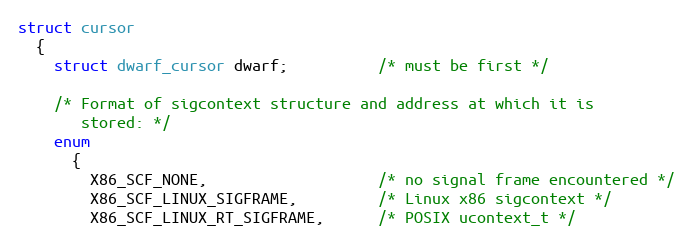
Language: C
struct cursor
  {
    struct dwarf_cursor dwarf;          /* must be first */

    /* Format of sigcontext structure and address at which it is
       stored: */
    enum
      {
        X86_SCF_NONE,                   /* no signal frame encountered */
        X86_SCF_LINUX_SIGFRAME,         /* Linux x86 sigcontext */
        X86_SCF_LINUX_RT_SIGFRAME,      /* POSIX ucontext_t */